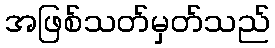
အဖြစ်သတ်မှတ်သည်